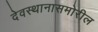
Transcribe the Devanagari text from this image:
देवस्थानासमोरील